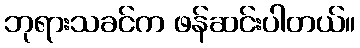
ဘုရားသခင်က ဖန်ဆင်းပါတယ်။